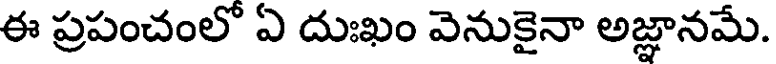
ఈ ప్రపంచంలో ఏ దుఃఖం వెనుకైనా అజ్ఞానమే.